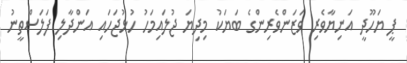
ޕީ ޔަހޫދީ އަނިޔާވެރި ވަޒަންވެރިންގެ ބަޔަކު މިދިޔަ ޖުލައިމަހު ހުޅުޖަހައި އަންދާލި ފަލަސްތީނު